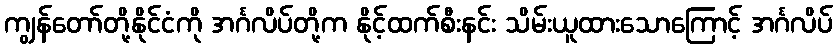
ကျွန်တော်တို့နိုင်ငံကို အင်္ဂလိပ်တို့က နိုင့်ထက်စီးနင်း သိမ်းယူထားသောကြောင့် အင်္ဂလိပ်